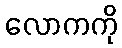
လောကကို